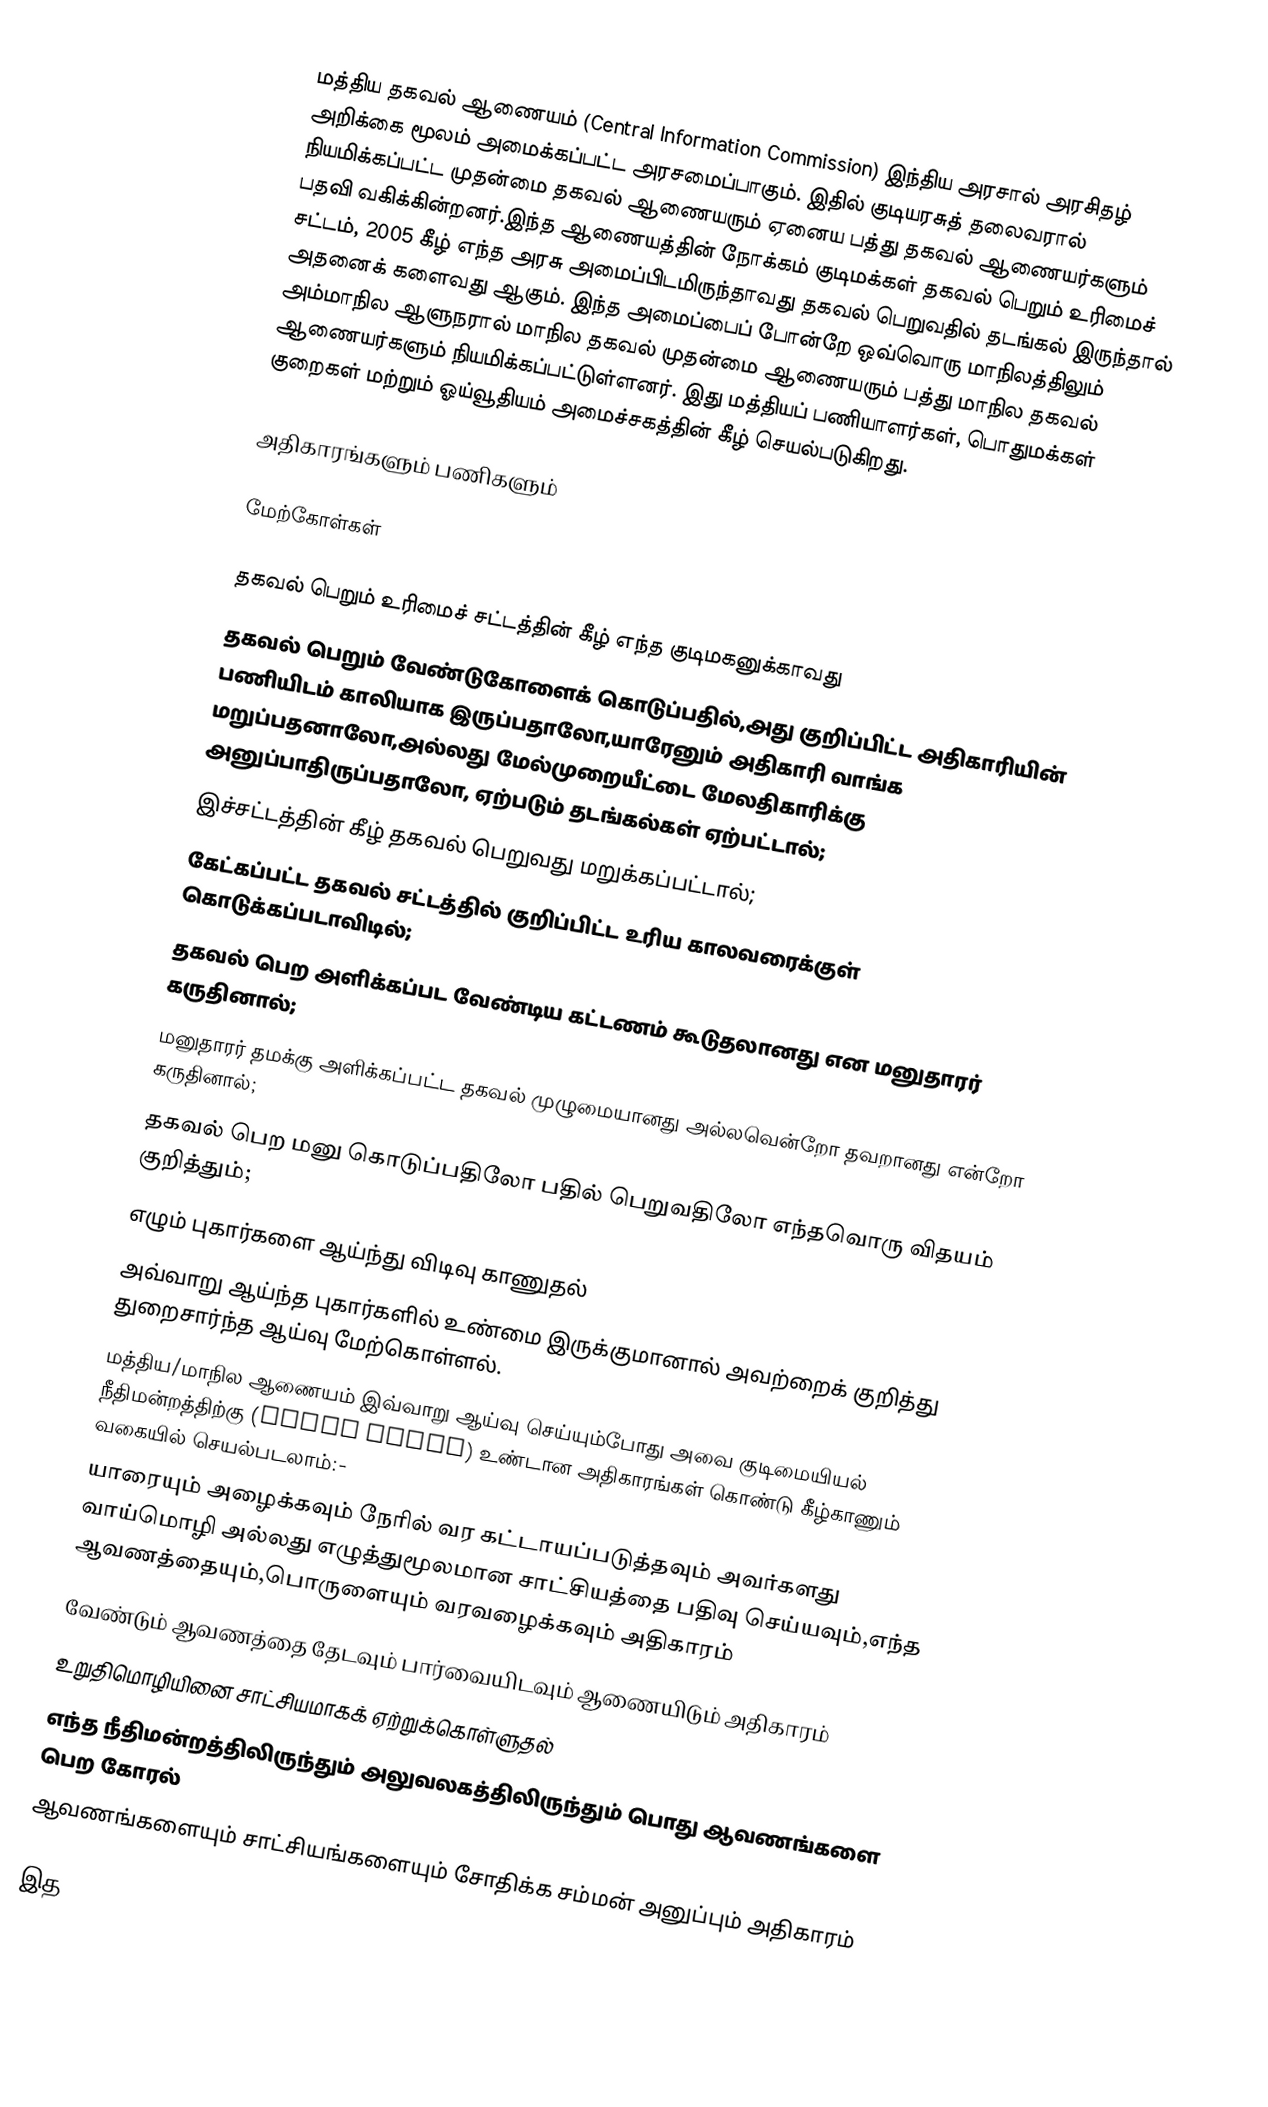
மத்திய தகவல் ஆணையம் (Central Information Commission) இந்திய அரசால் அரசிதழ் அறிக்கை மூலம் அமைக்கப்பட்ட அரசமைப்பாகும். இதில் குடியரசுத் தலைவரால் நியமிக்கப்பட்ட முதன்மை தகவல் ஆணையரும் ஏனைய பத்து தகவல் ஆணையர்களும் பதவி வகிக்கின்றனர்.இந்த ஆணையத்தின் நோக்கம் குடிமக்கள் தகவல் பெறும் உரிமைச் சட்டம், 2005 கீழ் எந்த அரசு அமைப்பிடமிருந்தாவது தகவல் பெறுவதில் தடங்கல் இருந்தால் அதனைக் களைவது ஆகும். இந்த அமைப்பைப் போன்றே ஒவ்வொரு மாநிலத்திலும் அம்மாநில ஆளுநரால் மாநில தகவல் முதன்மை ஆணையரும் பத்து மாநில தகவல் ஆணையர்களும் நியமிக்கப்பட்டுள்ளனர். இது மத்தியப் பணியாளர்கள், பொதுமக்கள் குறைகள் மற்றும் ஓய்வூதியம் அமைச்சகத்தின் கீழ்  செயல்படுகிறது.

அதிகாரங்களும் பணிகளும்

மேற்கோள்கள்

தகவல் பெறும் உரிமைச் சட்டத்தின் கீழ் எந்த குடிமகனுக்காவது
தகவல் பெறும் வேண்டுகோளைக் கொடுப்பதில்,அது குறிப்பிட்ட அதிகாரியின் பணியிடம் காலியாக இருப்பதாலோ,யாரேனும் அதிகாரி வாங்க மறுப்பதனாலோ,அல்லது மேல்முறையீட்டை மேலதிகாரிக்கு அனுப்பாதிருப்பதாலோ, ஏற்படும் தடங்கல்கள் ஏற்பட்டால்;
 இச்சட்டத்தின் கீழ் தகவல் பெறுவது மறுக்கப்பட்டால்;
 கேட்கப்பட்ட தகவல் சட்டத்தில் குறிப்பிட்ட உரிய காலவரைக்குள் கொடுக்கப்படாவிடில்;
 தகவல் பெற அளிக்கப்பட வேண்டிய கட்டணம் கூடுதலானது என மனுதாரர் கருதினால்;
 மனுதாரர் தமக்கு அளிக்கப்பட்ட தகவல் முழுமையானது அல்லவென்றோ தவறானது என்றோ கருதினால்;
 தகவல் பெற மனு கொடுப்பதிலோ பதில் பெறுவதிலோ எந்தவொரு விதயம் குறித்தும்;
எழும் புகார்களை ஆய்ந்து விடிவு காணுதல்
அவ்வாறு ஆய்ந்த புகார்களில் உண்மை இருக்குமானால் அவற்றைக் குறித்து துறைசார்ந்த ஆய்வு மேற்கொள்ளல்.
மத்திய/மாநில ஆணையம் இவ்வாறு ஆய்வு செய்யும்போது அவை குடிமையியல் நீதிமன்றத்திற்கு (civil court) உண்டான அதிகாரங்கள் கொண்டு கீழ்காணும் வகையில் செயல்படலாம்:-
யாரையும் அழைக்கவும் நேரில் வர கட்டாயப்படுத்தவும் அவர்களது வாய்மொழி அல்லது எழுத்துமூலமான சாட்சியத்தை பதிவு செய்யவும்,எந்த ஆவணத்தையும்,பொருளையும் வரவழைக்கவும் அதிகாரம்
வேண்டும் ஆவணத்தை தேடவும் பார்வையிடவும் ஆணையிடும் அதிகாரம்
உறுதிமொழியினை சாட்சியமாகக் ஏற்றுக்கொள்ளுதல்
எந்த நீதிமன்றத்திலிருந்தும் அலுவலகத்திலிருந்தும் பொது ஆவணங்களை பெற கோரல்
ஆவணங்களையும் சாட்சியங்களையும் சோதிக்க சம்மன் அனுப்பும் அதிகாரம்

இத